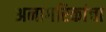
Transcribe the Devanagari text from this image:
अनागरिकांचा